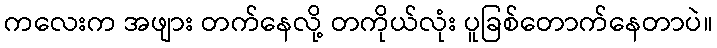
ကလေးက အဖျား တက်နေလို့ တကိုယ်လုံး ပူခြစ်တောက်နေတာပဲ။